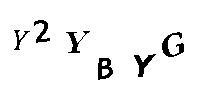
Y2YBYG